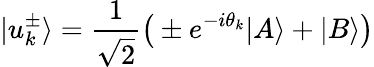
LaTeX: |u_{k}^{\pm}\rangle=\frac{1}{\sqrt{2}}\big(\pm e^{-i\theta_{k}}|A\rangle+|B\rangle\big)